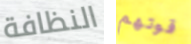
النظافة قوتهم